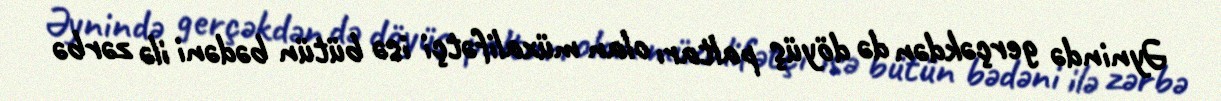
Əynində gerçəkdən də döyüş paltarı olan müxalifətçi isə bütün bədəni ilə zərbə